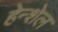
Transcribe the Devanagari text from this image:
हेन्शेल